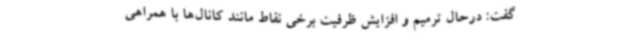
گفت: درحال ترمیم و افزایش ظرفیت برخی نقاط مانند کانال‌ها با همراهی